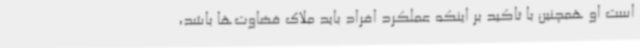
است او همچنین با تاکید بر اینکه عملکرد افراد باید ملاک قضاوت‌ها باشد،